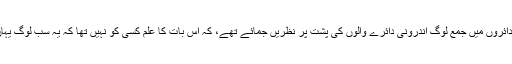
جب کہ بیرونی دائروں میں جمع لوگ اندرونی دائرے والوں کی پشت پر نظریں جمائے تھے، کہ اس بات کا علم کسی کو نہیں تھا کہ یہ سب لوگ یہاں کیوں جمع ہیں۔